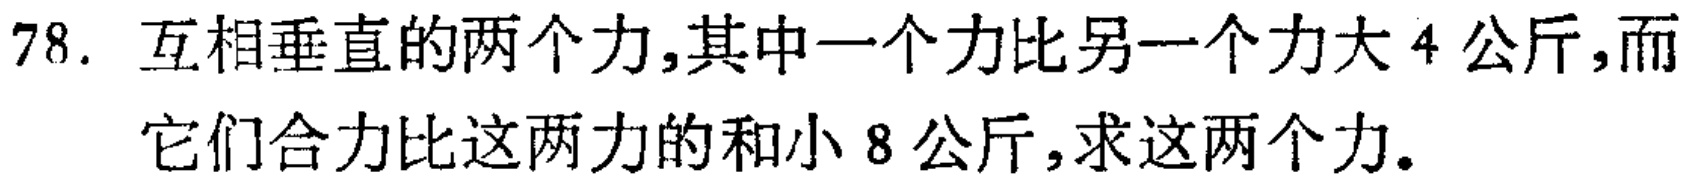
78. 互相垂直的两个力,其中一个力比另一个力大 4 公斤,而它们合力比这两力的和小 8 公斤,求这两个力.